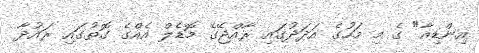
އިންޑިއާ" ގެ މި މަހުގެ އަދަދުގައި ރާއްޖޭގެ މޮޑެލް އެއްގެ ގޮތުގައި ރައުދާ